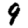
Digit: 9